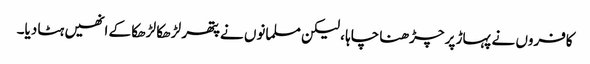
کافروں نے پہاڑ پر چڑھنا چاہا ، لیکن مسلمانوں نے پتھر لڑھکا لڑھکا کے انھیں ہٹا دیا۔